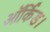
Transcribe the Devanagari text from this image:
ऑर्किड।